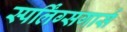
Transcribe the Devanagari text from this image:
स्पर्लिंग्सगार्स